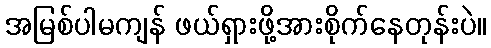
အမြစ်ပါမကျန် ဖယ်ရှားဖို့အားစိုက်နေတုန်းပဲ။